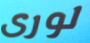
لورى